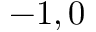
- 1 , 0